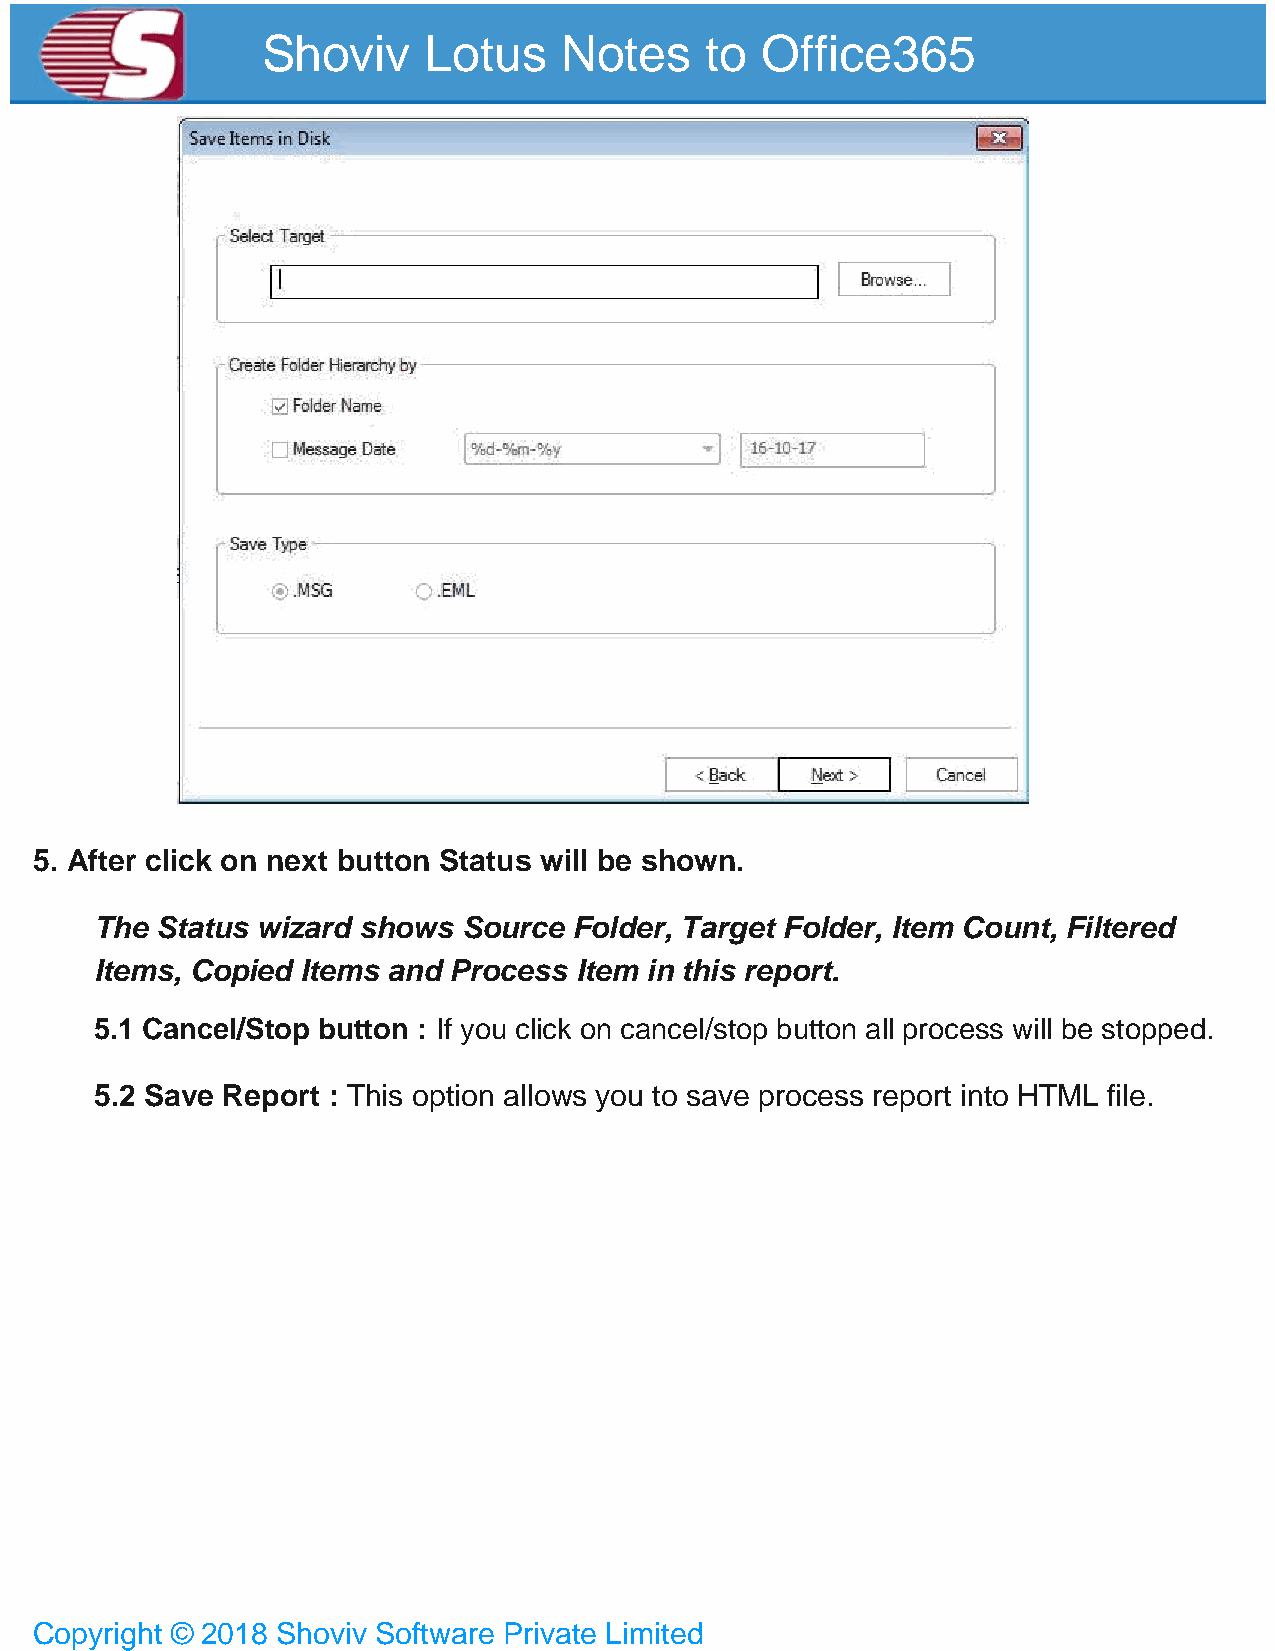
Shoviv     Lotus    Notes     to Office365
 5. After click on next button Status will be shown.
 The Status wizard shows  Source Folder, Target Folder, Item Count, Filtered
 Items, Copied Items and Process Item in this report.
 5.1 Cancel/Stop button : If you click on cancel/stop button all process will be stopped.
 5.2 Save Report : This option allows you to save process report into HTML file.
 Copyright © 2018 Shoviv Software Private Limited